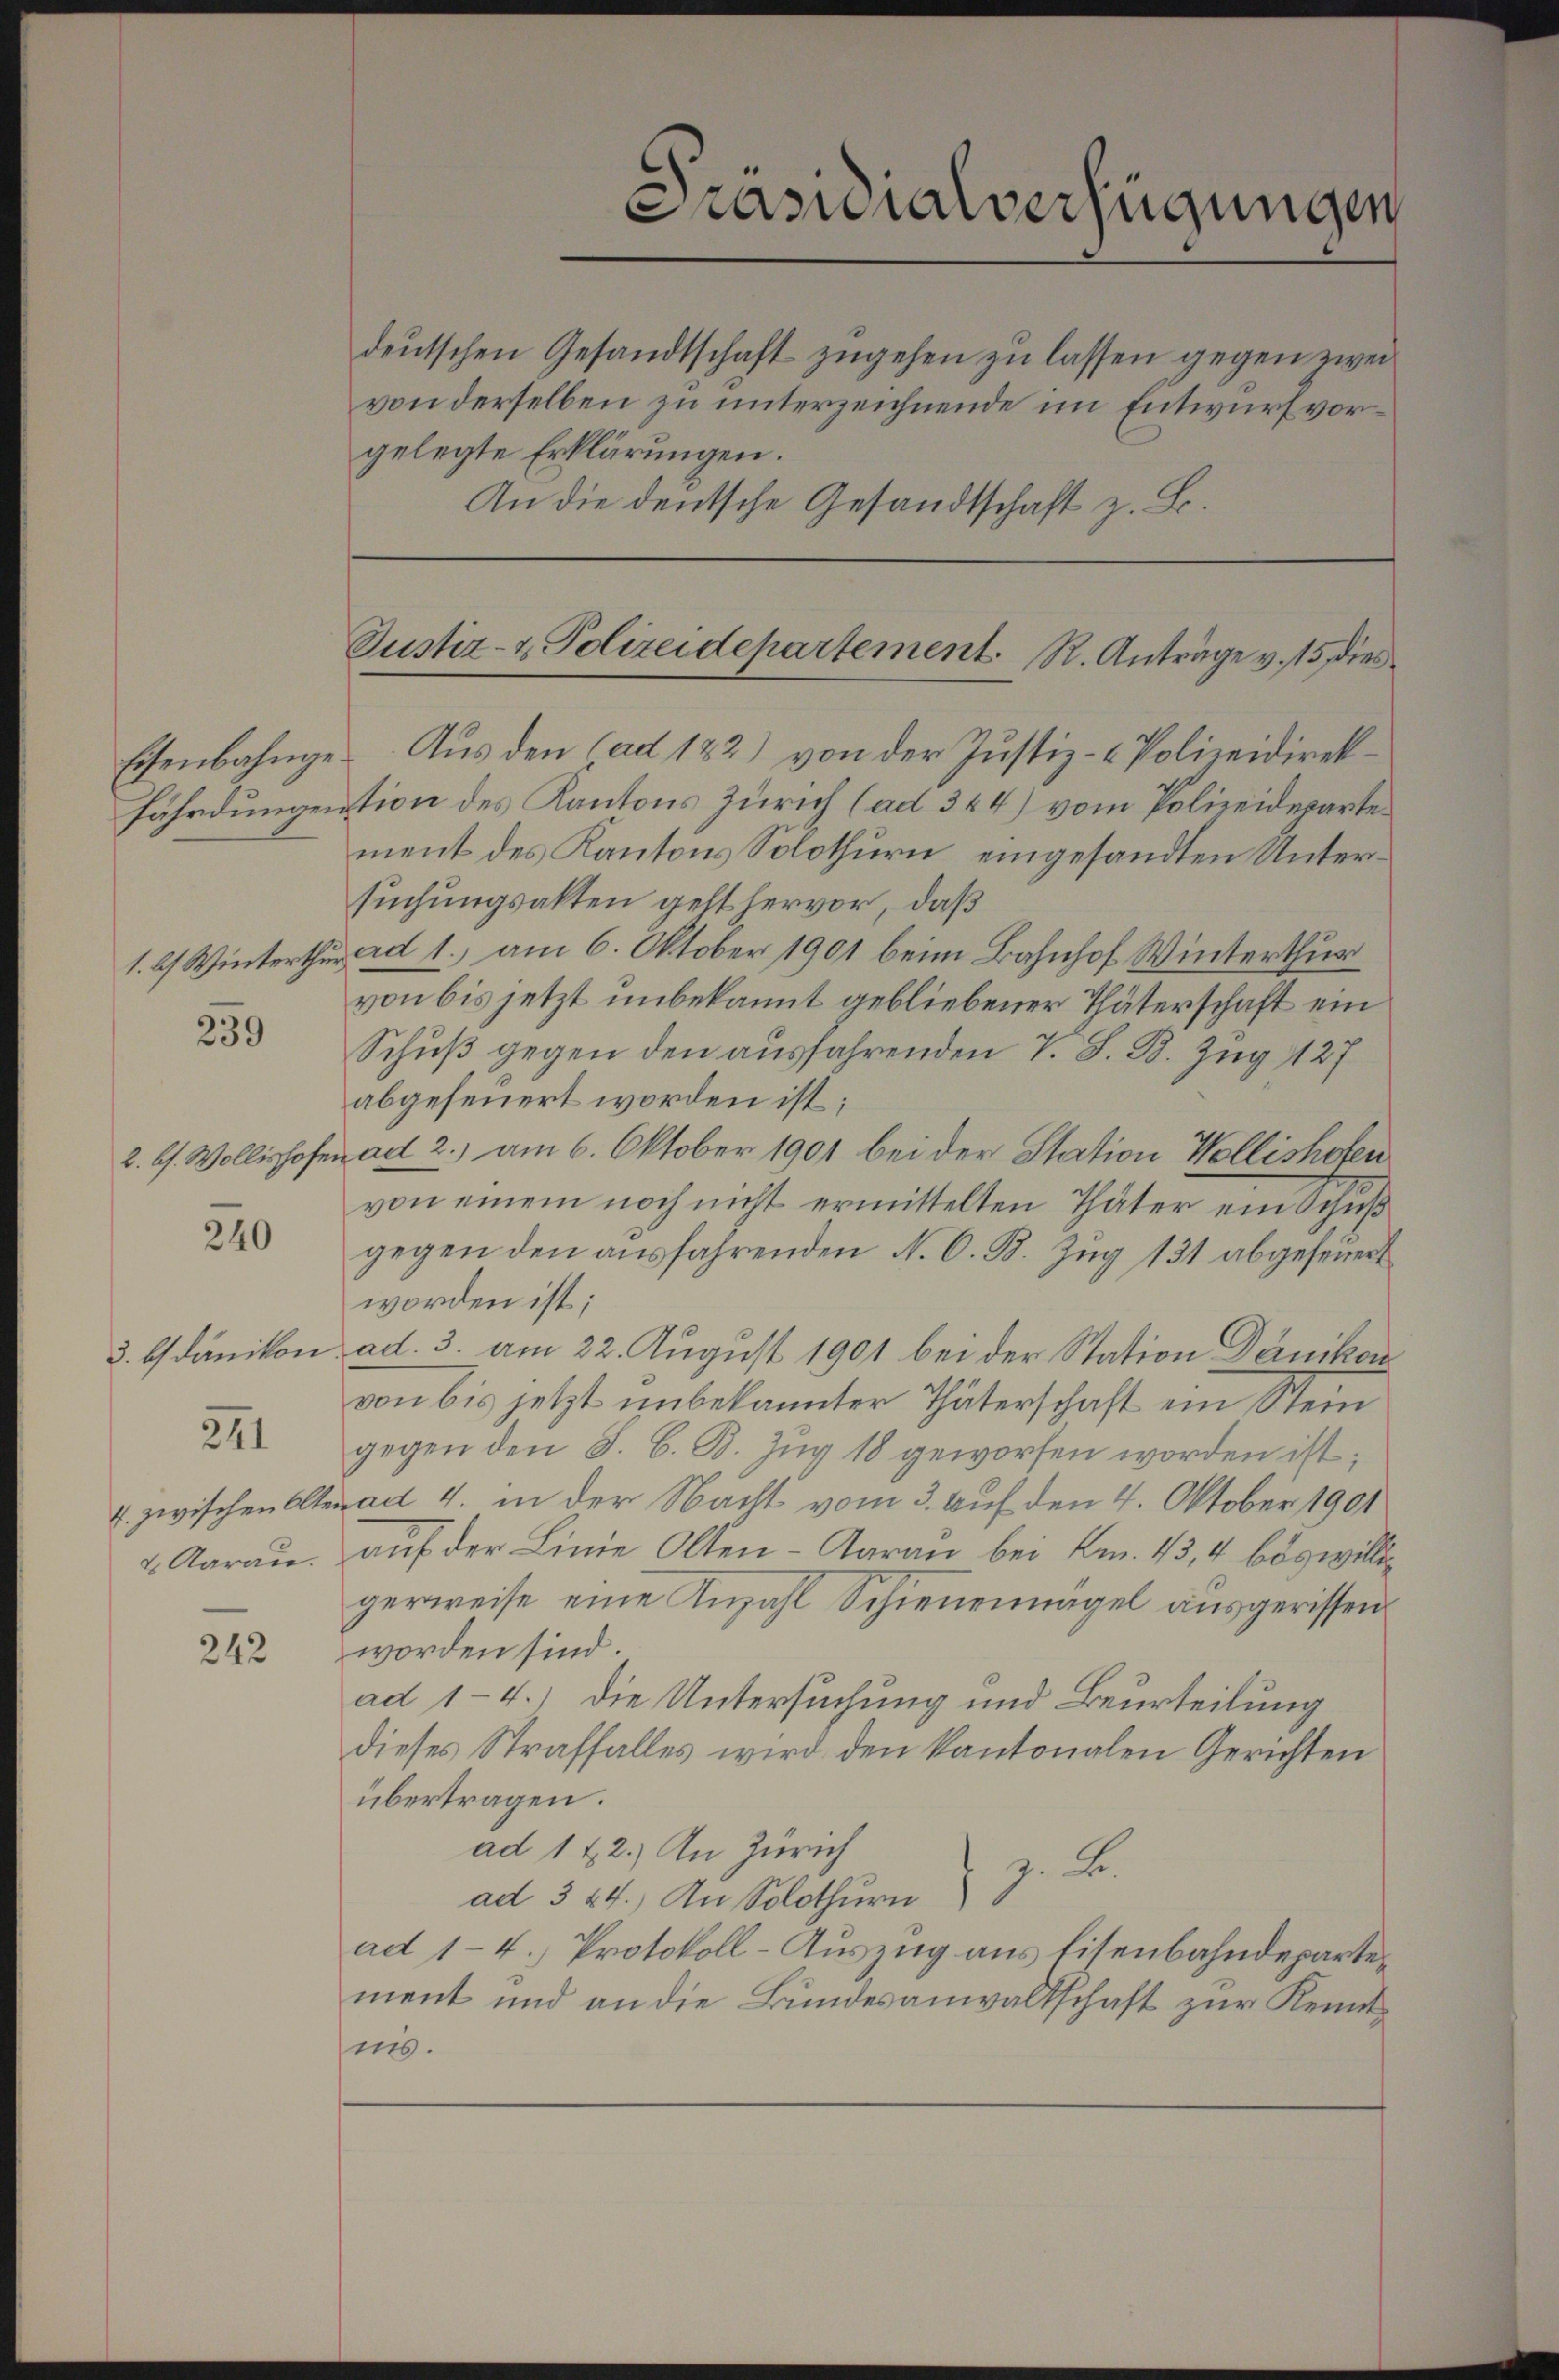
239

240

3. b dänikon

4. zwischen Alter
& Aarau

241

242

gelegte Erklärungen.
An die deutsche Gesandtschaft z. B

Prasialverfügungen

deutschen Gesandtschaft zugehen zu lassen gegen zweivon derselben zu unterzeichnende im Entwurf vor¬

Justiz- & Polizeidepartement. R. Anträge v. 15, dies

Eisenbahnge. Aus den (ad 182) von der Justiz- & Polizeidirekfährdungention des Kantons Zürich (ad 344) vom Polizeidwarte
ment des Kantons Solothurn, eingesandten Untersuchungsakten geht hervor, daß
1. l. Winterthur ad 1., am 6. Oktober 1901 beim Bahnhof Winterthur
von bis jetzt unbekannt gebliebener Thäterschaft ein
Schuß gegen den ausfahrenden V. S. B. Zug 127
abgefeuert worden ist;
2. b. Wollishofen ad 2.) am 6. Oktober 1901 bei der Station Wollishofen
von einem noch nicht ermittelten Thäter ein Schuß
gegen den ausfahrenden N. O. B. Zug 131 abgefeuert
worden ist;
ad. 3. am 22. August 1901 bei der Station Dänikon
von bis jetzt unbekannter Thäterschaft ein Stein
gegen den S. B. B. Zŭg 18 geworfen worden ist;
ad 4. in der Nacht vom 3. Auf den 4. Oktober 1901
auf der Linie Olten-Aarau bei Am. 13,4 böswillig
gerweise eine Anzahl Schienennägel ausgerissen
worden sind.
ad 1-4.) Die Untersuchung und Beurteilung
dieses Straffalles wird den kantonalen Gerichten
übertragen.
ad 1 & 2.) In Zürich
z. B.
ad 324.) An Solothurn
ad 1-4.) Protokoll-Auszug aus Eisenbahndepartement und an die Bundesanwaltschaft zur Kenntis.